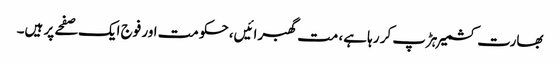
بھارت کشمیر ہڑپ کر رہا ہے، مت گھبرائیں، حکومت اور فوج ایک صفحے پر ہیں۔